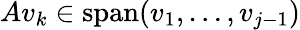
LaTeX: Av_{k}\in\operatorname{span}(v_{1},\ldots,v_{j-1})